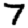
Digit: 7